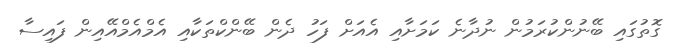
ގޮތުގައި ބޭނުންކުރަމުން ނުދާނެ ކަމަށާއި އެއަށް ފަހު ދެން ބޭންކްތަކާއި އެމްއެމްއޭއިން ފައިސާ